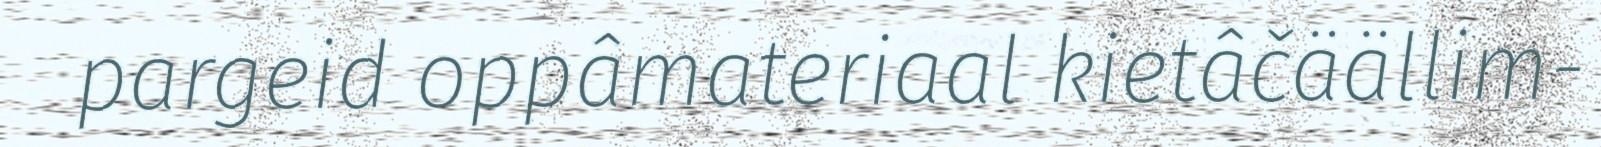
pargeid oppâmateriaal kietâčäällim-